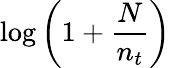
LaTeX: \log\left(1+{\frac{N}{n_{t}}}\right)